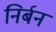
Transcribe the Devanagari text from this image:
निर्बन